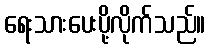
ရေးသားပေးပို့လိုက်သည်။